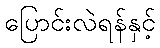
ပြောင်းလဲရန်နှင့်